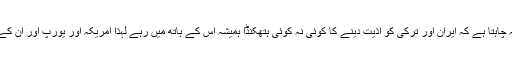
رہبر انقلاب اسلامی نے فرمایا کہ امریکہ چاہتا ہے کہ ایران اور ترکی کو اذیت دینے کا کوئی نہ کوئی ہتھکنڈا ہمیشہ اس کے ہاتھ میں رہے لہذا امریکہ اور یورپ اور ان کے موقف پر کبھی اعتماد نہیں کیا جا سکتا۔